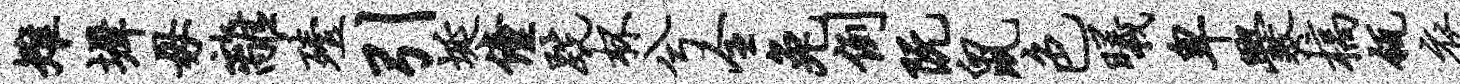
雉墀毋离殪引埏僮跣杯兮全兔例阮鼠色曦卑爨槁瓴衣